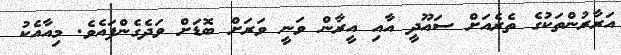
އަރާރުންތަކުގެ ތެރެއަށް ސައޫދީ އާއި އީރާން ވަނީ ވަރަށް ބޮޑަށް ވަދެގެންފައެވެ. މިއާއެކު